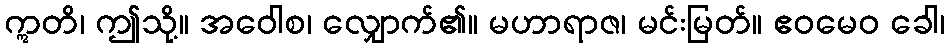
ဣတိ၊ ဤသို့။ အဝေါစ၊ လျှောက်၏။ မဟာရာဇ၊ မင်းမြတ်။ ဧဝမေဝ ခေါ၊